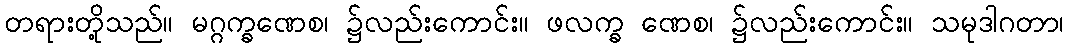
တရားတို့သည်။ မဂ္ဂက္ခဏေစ၊ ၌လည်းကောင်း။ ဖလက္ခ ဏေစ၊ ၌လည်းကောင်း။ သမုဒါဂတာ၊